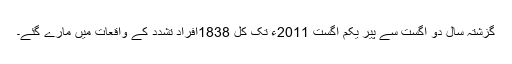
گزشتہ سال دو اگست سے پیر یکم اگست 2011ء تک کل 1838افراد تشدد کے واقعات میں مارے گئے۔